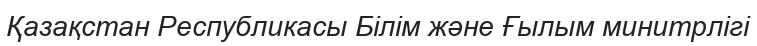
Қазақстан Республикасы Білім және Ғылым минитрлігі